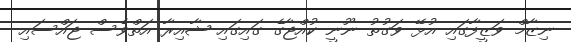
ނިޒާމް ވަޒީފާގައި އުޅޭ ވަގުތު ނޫނީ ކުއްޖާގެ ގައިގައި ޝާއިރާ އަތްވެސް ޖައްސައި